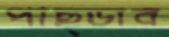
পাছ্‌ড়াব